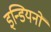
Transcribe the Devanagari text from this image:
इन्डियनों